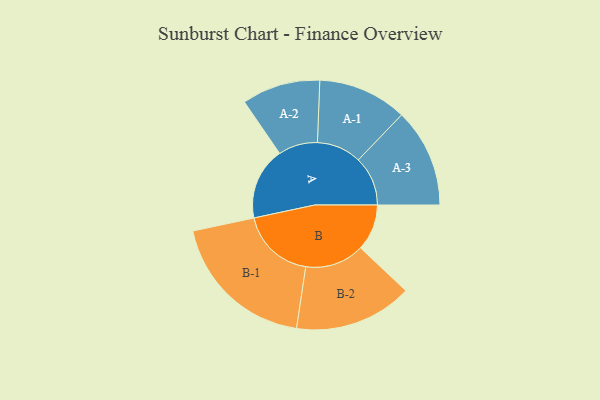
{"axis": {"x": "Segment", "y": "Value"}, "legend": ["", "A", "B"], "data": [{"x": "A", "y": 284, "type": ""}, {"x": "B", "y": 182, "type": ""}, {"x": "A-1", "y": 175, "type": "A"}, {"x": "A-2", "y": 154, "type": "A"}, {"x": "A-3", "y": 194, "type": "A"}, {"x": "B-1", "y": 292, "type": "B"}, {"x": "B-2", "y": 232, "type": "B"}]}